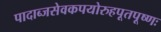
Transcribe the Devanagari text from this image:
पादाब्जसेवकपयोरुहपूतपूष्णः